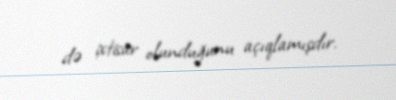
də ixtisar olunduğunu açıqlamışdır.